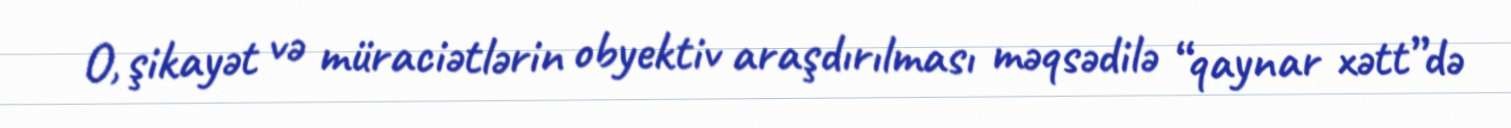
O, şikayət və müraciətlərin obyektiv araşdırılması məqsədilə “qaynar xətt”də